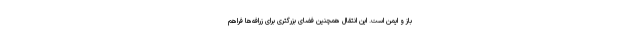
باز و ایمن است. این انتقال همچنین فضای بزرگتری برای زرافه‌ها فراهم